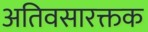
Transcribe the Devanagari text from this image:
अतिवसारक्तक